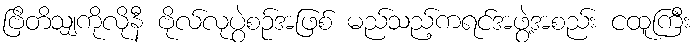
ဗြိတိသျှကိုလိုနီ ဗိုလ်လုပွဲစဉ်အဖြစ် မည်သည့်ကရင်အဖွဲ့အစည်း ငထူကြီး